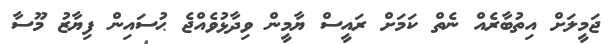
ޖަމީލަށް އިތުބާރެއް ނެތް ކަމަށް ރައީސް ޔާމީން ވިދާޅުވެއްޖެ ޙުސައިން ފިޔާޒު މޫސާ